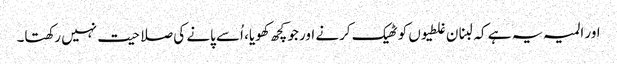
اور المیہ یہ ہے کہ لبنان غلطیوں کو ٹھیک کرنے اور جو کچھ کھویا، اُسے پانے کی صلاحیت نہیں رکھتا۔